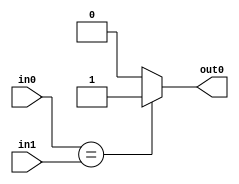
module comp_eq_20bit(input wire [19:0]in0,
					input wire [19:0]in1,
					output reg out0);
					
always@( * )		
begin	
	if (in0 == in1)
		out0 = 1;
	else 
		out0 = 0;
end
endmodule